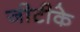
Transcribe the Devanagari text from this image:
जीटीके